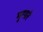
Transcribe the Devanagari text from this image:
मुगारे